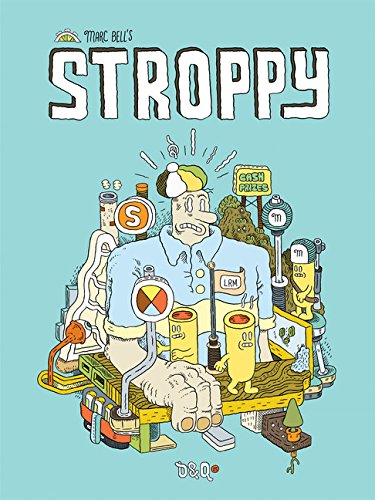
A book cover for Stroppy; Marc Bell; Comics & Graphic Novels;